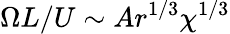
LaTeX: \Omega L/U\sim Ar^{1/3}\chi^{1/3}